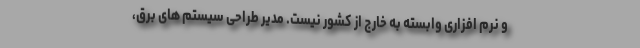
و نرم افزاری وابسته به خارج از کشور نیست. مدیر طراحی سیستم های برق،